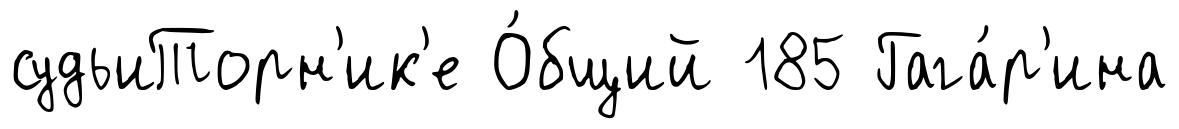
судьиТорн'ик'е О́бщий 185 Гага́р'ина